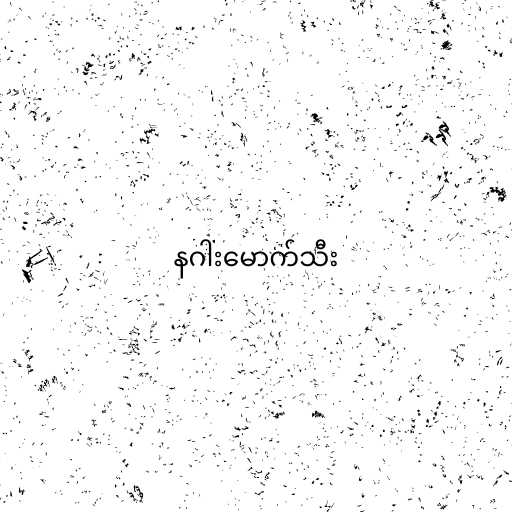
နဂါးမောက်သီး